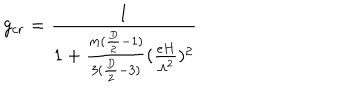
g _ { c r } = \frac { 1 } { 1 + \frac { m ( \frac { D } { 2 } - 1 ) } { 3 ( \frac { D } { 2 } - 3 ) } ( \frac { e H } { \Lambda ^ { 2 } } ) ^ { 2 } }